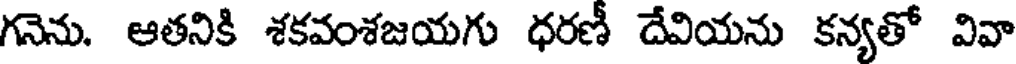
గనెను. ఆతనికి శకవంశజయగు ధరణీ దేవియను కన్యతో వివా